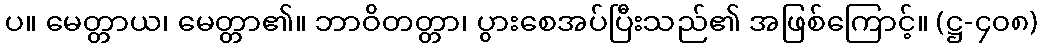
ပ။ မေတ္တာယ၊ မေတ္တာ၏။ ဘာဝိတတ္တာ၊ ပွားစေအပ်ပြီးသည်၏ အဖြစ်ကြောင့်။ (ဋ္ဌ-၄၀၈)